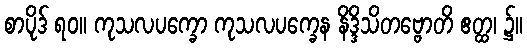
စာပိုဒ် ရဝ။ ကုသလပက္ခော ကုသလပက္ခေန နိဒ္ဒိသိတဗ္ဗောတိ ဧတ္ထ၊ ၌။